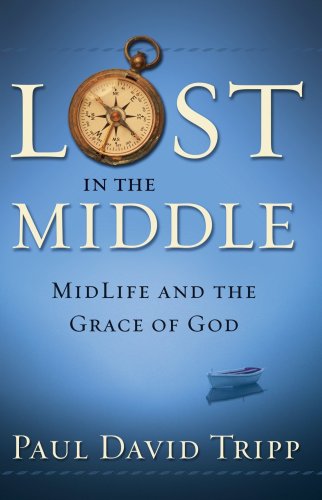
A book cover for Lost in the Middle: Midlife and the Grace of God; Paul David Tripp; Self-Help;